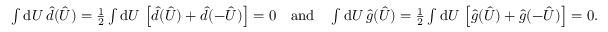
\textstyle \int \mathrm { d } U \, \hat { d } ( \hat { U } ) = \frac { 1 } { 2 } \int \mathrm { d } U \, \left[ \hat { d } ( \hat { U } ) + \hat { d } ( - \hat { U } ) \right] = 0 \quad \mathrm { a n d } \quad \int \mathrm { d } U \, \hat { g } ( \hat { U } ) = \frac { 1 } { 2 } \int \mathrm { d } U \, \left[ \hat { g } ( \hat { U } ) + \hat { g } ( - \hat { U } ) \right] = 0 .